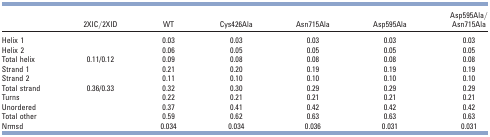
<table><thead><tr><td></td><td><b>2XIC/2XID</b></td><td><b>WT</b></td><td><b>Cys426Ala</b></td><td><b>Asn715Ala</b></td><td><b>Asp595Ala</b></td><td><b>Asp595Ala/Asn715Ala</b></td></tr></thead><tbody><tr><td>Helix 1</td><td></td><td>0.03</td><td>0.03</td><td>0.03</td><td>0.03</td><td>0.03</td></tr><tr><td>Helix 2</td><td></td><td>0.06</td><td>0.05</td><td>0.05</td><td>0.05</td><td>0.05</td></tr><tr><td>Total helix</td><td>0.11/0.12</td><td>0.09</td><td>0.08</td><td>0.08</td><td>0.08</td><td>0.08</td></tr><tr><td>Strand 1</td><td></td><td>0.21</td><td>0.20</td><td>0.19</td><td>0.19</td><td>0.19</td></tr><tr><td>Strand 2</td><td></td><td>0.11</td><td>0.10</td><td>0.10</td><td>0.10</td><td>0.10</td></tr><tr><td>Total strand</td><td>0.36/0.33</td><td>0.32</td><td>0.30</td><td>0.29</td><td>0.29</td><td>0.29</td></tr><tr><td>Turns</td><td></td><td>0.22</td><td>0.21</td><td>0.21</td><td>0.21</td><td>0.21</td></tr><tr><td>Unordered</td><td></td><td>0.37</td><td>0.41</td><td>0.42</td><td>0.42</td><td>0.42</td></tr><tr><td>Total other</td><td></td><td>0.59</td><td>0.62</td><td>0.63</td><td>0.63</td><td>0.63</td></tr><tr><td>Nrmsd</td><td></td><td>0.034</td><td>0.034</td><td>0.036</td><td>0.031</td><td>0.031</td></tr></tbody></table>